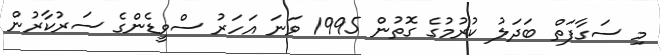
މި ސަގާފަތް ބަދަލު ކުރުމުގެ ގޮތުން 1995 ވަނަ އަހަރު ސްވީޑެންގެ ސަރުކާރުން